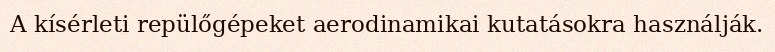
A kísérleti repülőgépeket aerodinamikai kutatásokra használják.